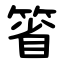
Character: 箵